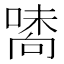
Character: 𠽘